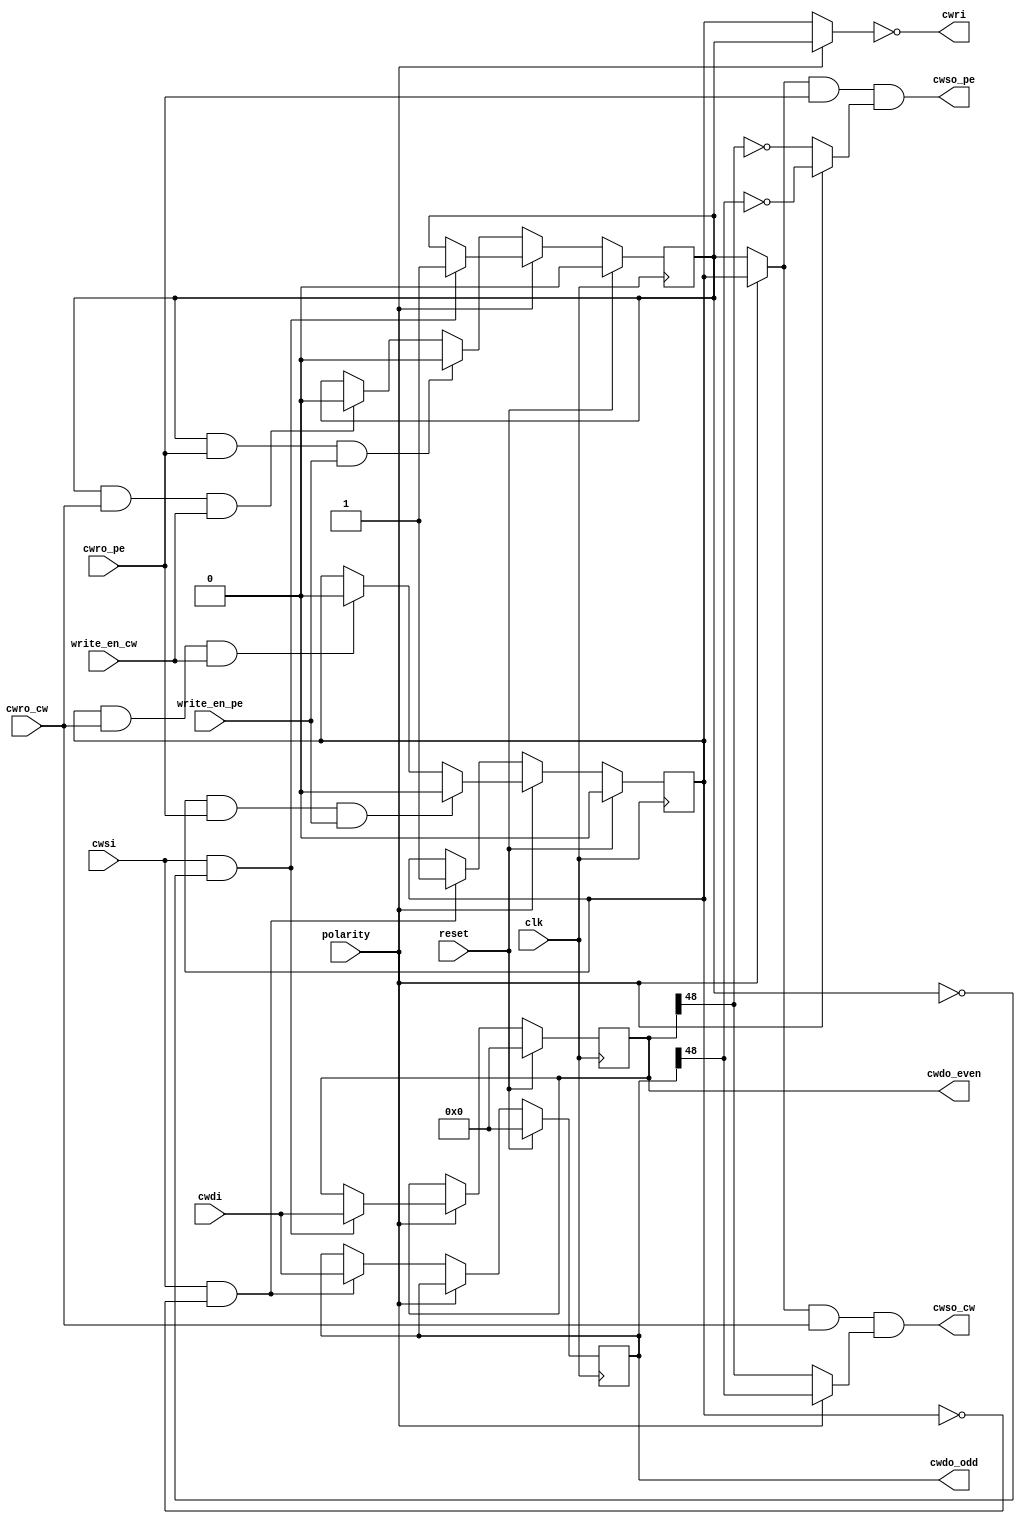
module buffer_left_cw (cwsi, cwri, cwdi,
                    cwso_cw, cwro_cw, write_en_cw, cwdo_even, cwdo_odd,
                    cwso_pe, cwro_pe, write_en_pe, 
                    polarity, clk, reset);

input [63:0] cwdi;
input cwsi, cwro_cw, cwro_pe, write_en_cw, write_en_pe, clk, reset;
input polarity;

output cwri, cwso_cw, cwso_pe;

output reg [63:0] cwdo_even, cwdo_odd;

reg full_even, full_odd;
wire full;

assign full = (!polarity)? full_odd : full_even;
assign cwri = ~ full;
assign cwso_cw = ((!polarity)? full_even : full_odd) && cwro_cw && ((!polarity)? cwdo_even[48] : cwdo_odd[48]);
assign cwso_pe = ((!polarity)? full_even : full_odd) && cwro_pe && ((!polarity)? !cwdo_even[48] : !cwdo_odd[48]);


always @(posedge clk) 
begin
    if (reset) begin
        cwdo_even <= 0;
        cwdo_odd <= 0;
        full_even <= 0;   
        full_odd <= 0;
    end
 
    else begin

        if (full_odd && cwro_cw && write_en_cw) begin
            full_odd <= 0;   
        end

        if (full_odd & cwro_pe & write_en_pe) begin
            full_odd <= 0;      
        end 

        if (full_even && cwro_cw && write_en_cw) begin
            full_even <= 0;       
            end
            
        if (full_even && cwro_pe && write_en_pe) begin
            full_even <= 0;                      
        end

        if(!polarity) begin //even 
            if (cwsi && !full_odd ) begin
                cwdo_odd <= cwdi;
                full_odd <= 1;
            end

            else begin
                cwdo_odd <= cwdo_odd;
                full_odd <= full_odd;
            end
        end

        else begin  //odd
            if (cwsi && !full_even ) begin
                cwdo_even <= cwdi;
                full_even <= 1;
            end


            else begin
                cwdo_even <= cwdo_even;
                full_even <= full_even;
            end
        end
    end
end

endmodule